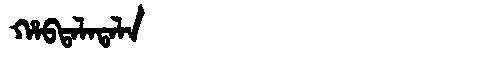
Manchu: ᡥᠠᠪᡨᠠᠯᠠᡨᠠᠯᠠ
Romanization: HABTALATALA